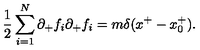
{ \frac { 1 } { 2 } } \sum _ { i = 1 } ^ { N } \partial _ { + } f _ { i } \partial _ { + } f _ { i } = m \delta ( x ^ { + } - x _ { 0 } ^ { + } ) .